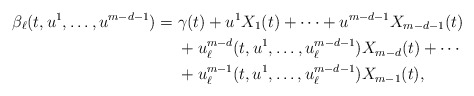
\begin{align*}\beta_{\ell}(t, u^{1}, \dotsc, u^{m-d-1}) = {} & \gamma(t) + u^{1} X_{1}(t) + \dotsb + u^{m-d-1} X_{m-d-1}(t)\\&+ u_{\ell}^{m-d}(t, u^{1}, \dotsc, u_{\ell}^{m-d-1}) X_{m-d}(t) + \dotsb\\&+ u_{\ell}^{m-1}(t, u^{1}, \dotsc, u_{\ell}^{m-d-1}) X_{m-1}(t),\end{align*}